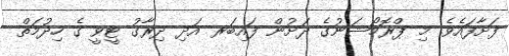
ފަށާފައެވެ. މި ޕްރޮމޯޝަނުގެ ދަށުން ފައިބަރ އަދި ދިރާގު ޓީވީ ގެ ހިދުމަތް